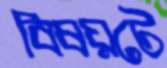
বিষয়টে